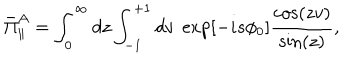
\bar { \Pi } _ { \parallel } ^ { A } = \int _ { 0 } ^ { \infty } d z \int _ { - 1 } ^ { + 1 } d v \; \exp [ { - i s \phi _ { 0 } } ] \frac { \cos ( z v ) } { \sin ( z ) } ,